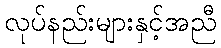
လုပ်နည်းများနှင့်အညီ